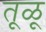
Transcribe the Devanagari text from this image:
तूळू